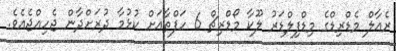
ރެއާލް މެޑްރިޑްގެ މިޑްފިލްޑަރު ލޫކާ މޯޑްރިޗް 6 ހަފްތާއަށް ކުޅުމާ ދުރަށްދާން ޖެހިއްޖެއެވެ.